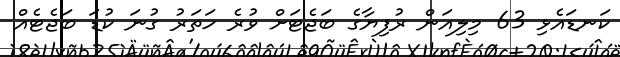
ކަނޑައެޅި 63 މިލިއަން ރުފިޔާގެ ބަޖެޓަށް ވުރެ ހަތަރު ގުނަ ކުޑަ ބަޖެޓެއް